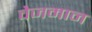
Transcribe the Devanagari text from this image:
वेजमान